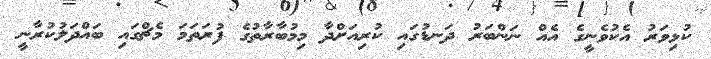
ކުޅިވަރު އެކުވެނީގެ އެއް ނަންބަރު ދަނޑުގައި ކުރިއަށްދާ މިމުބާރާތުގެ ފުރަތަމަ މެޗްގައި ބައްދަލުކުރާނީ